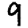
Digit: 9